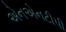
એનએનટીપી